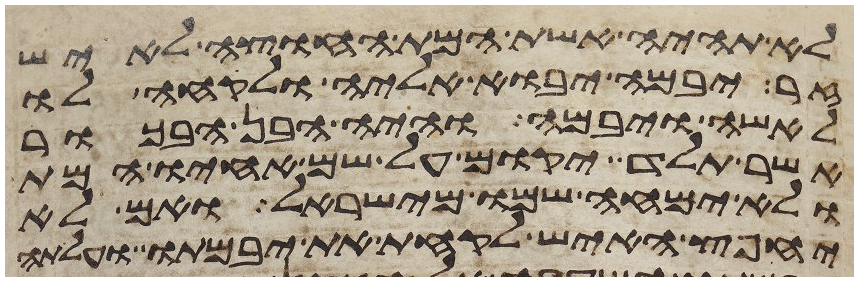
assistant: לא תהיה אשת המת החוצה לאיש
זר יבמה יבוא אליה ולקחה לו
לאשה ויבמה והיה הבן הבכור
אשר תלד יקום על שם אחיו המת
ולא ימחה שמו מישראל ואם לא
יחפץ האיש לקחת את יבמתו ועלתה